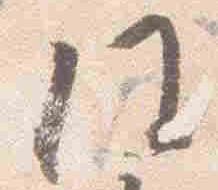
任